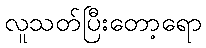
လူသတ်ပြီးတော့ရော